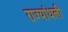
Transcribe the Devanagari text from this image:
राज्यांधली